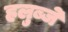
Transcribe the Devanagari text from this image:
हलुब्जे